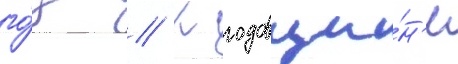
го́д // К годовщи́н'е